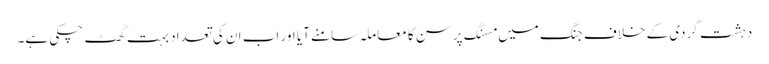
دہشت گردی کے خلاف جنگ میں مسنگ پرسن کا معاملہ سامنے آیا اور اب ان کی تعداد بہت گھٹ چکی ہے۔